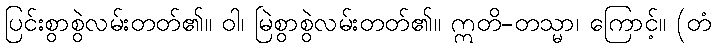
ပြင်းစွာစွဲလမ်းတတ်၏။ ဝါ၊ မြဲစွာစွဲလမ်းတတ်၏။ ဣတိ-တသ္မာ၊ ကြောင့်။ (တံ